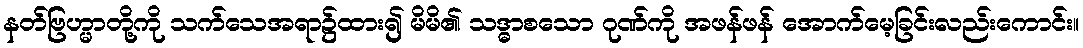
နတ်ဗြဟ္မာတို့ကို သက်သေအရာ၌ထား၍ မိမိ၏ သဒ္ဓာစသော ဂုဏ်ကို အဖန်ဖန် အောက်မေ့ခြင်းလည်းကောင်း။